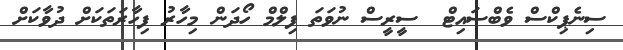
ސިނެޕިކްސް ވެބްސައިޓް  ސީރީސް ނުވަތަ ފިލްމް ހޯދަން މިހާރު ފިހާރަތަކަށް ދުވާކަށް